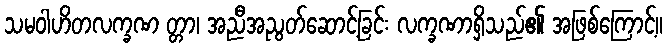
သမဝါဟိတလက္ခဏ တ္တာ၊ အညီအညွတ်ဆောင့်ခြင်း လက္ခဏာရှိသည်၏ အဖြစ်ကြောင့်။